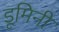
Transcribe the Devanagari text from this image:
डूमिनी